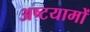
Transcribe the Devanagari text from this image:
अष्टयामों